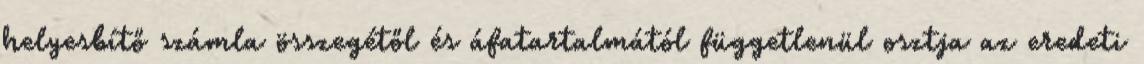
helyesbítő számla összegétől és áfatartalmától függetlenül osztja az eredeti